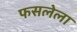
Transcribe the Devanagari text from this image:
फसलेला